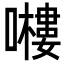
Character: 𭋶